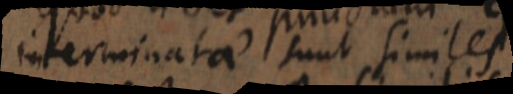
interminatam sunt similes